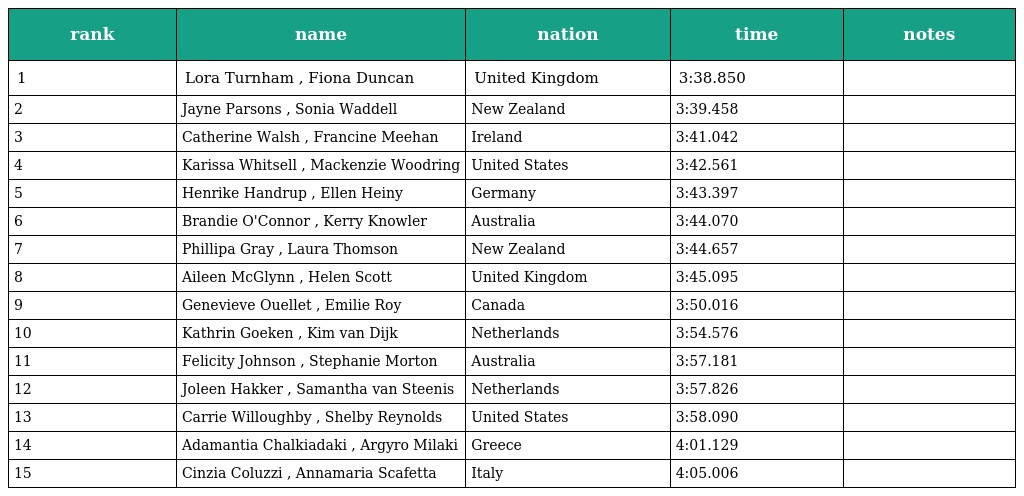
| rank | name | nation | time | notes |
 | --- | --- | --- | --- | --- |
 | 1 | Lora Turnham , Fiona Duncan | United Kingdom | 3:38.850 |  |
 | 2 | Jayne Parsons , Sonia Waddell | New Zealand | 3:39.458 |  |
 | 3 | Catherine Walsh , Francine Meehan | Ireland | 3:41.042 |  |
 | 4 | Karissa Whitsell , Mackenzie Woodring | United States | 3:42.561 |  |
 | 5 | Henrike Handrup , Ellen Heiny | Germany | 3:43.397 |  |
 | 6 | Brandie O'Connor , Kerry Knowler | Australia | 3:44.070 |  |
 | 7 | Phillipa Gray , Laura Thomson | New Zealand | 3:44.657 |  |
 | 8 | Aileen McGlynn , Helen Scott | United Kingdom | 3:45.095 |  |
 | 9 | Genevieve Ouellet , Emilie Roy | Canada | 3:50.016 |  |
 | 10 | Kathrin Goeken , Kim van Dijk | Netherlands | 3:54.576 |  |
 | 11 | Felicity Johnson , Stephanie Morton | Australia | 3:57.181 |  |
 | 12 | Joleen Hakker , Samantha van Steenis | Netherlands | 3:57.826 |  |
 | 13 | Carrie Willoughby , Shelby Reynolds | United States | 3:58.090 |  |
 | 14 | Adamantia Chalkiadaki , Argyro Milaki | Greece | 4:01.129 |  |
 | 15 | Cinzia Coluzzi , Annamaria Scafetta | Italy | 4:05.006 |  |